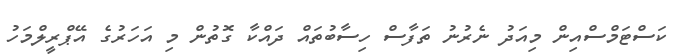
ކަސްޓަމްސްއިން މިއަދު ނެރުނު ތަފާސް ހިސާބުތައް ދައްކާ ގޮތުން މި އަހަރުގެ އޭޕްރީލްމަހު